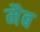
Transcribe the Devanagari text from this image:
मैब